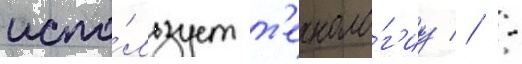
испо́льзует т'ехноло́г'иу // -